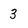
Character: 3